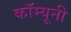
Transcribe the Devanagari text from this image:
कॉम्यूनी